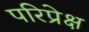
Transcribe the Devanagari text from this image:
परिप्रेक्ष